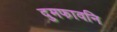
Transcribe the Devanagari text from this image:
दुमफावनि